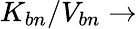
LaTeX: K_{bn}/V_{bn}\rightarrow